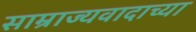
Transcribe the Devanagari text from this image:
साम्राज्यवादाच्या